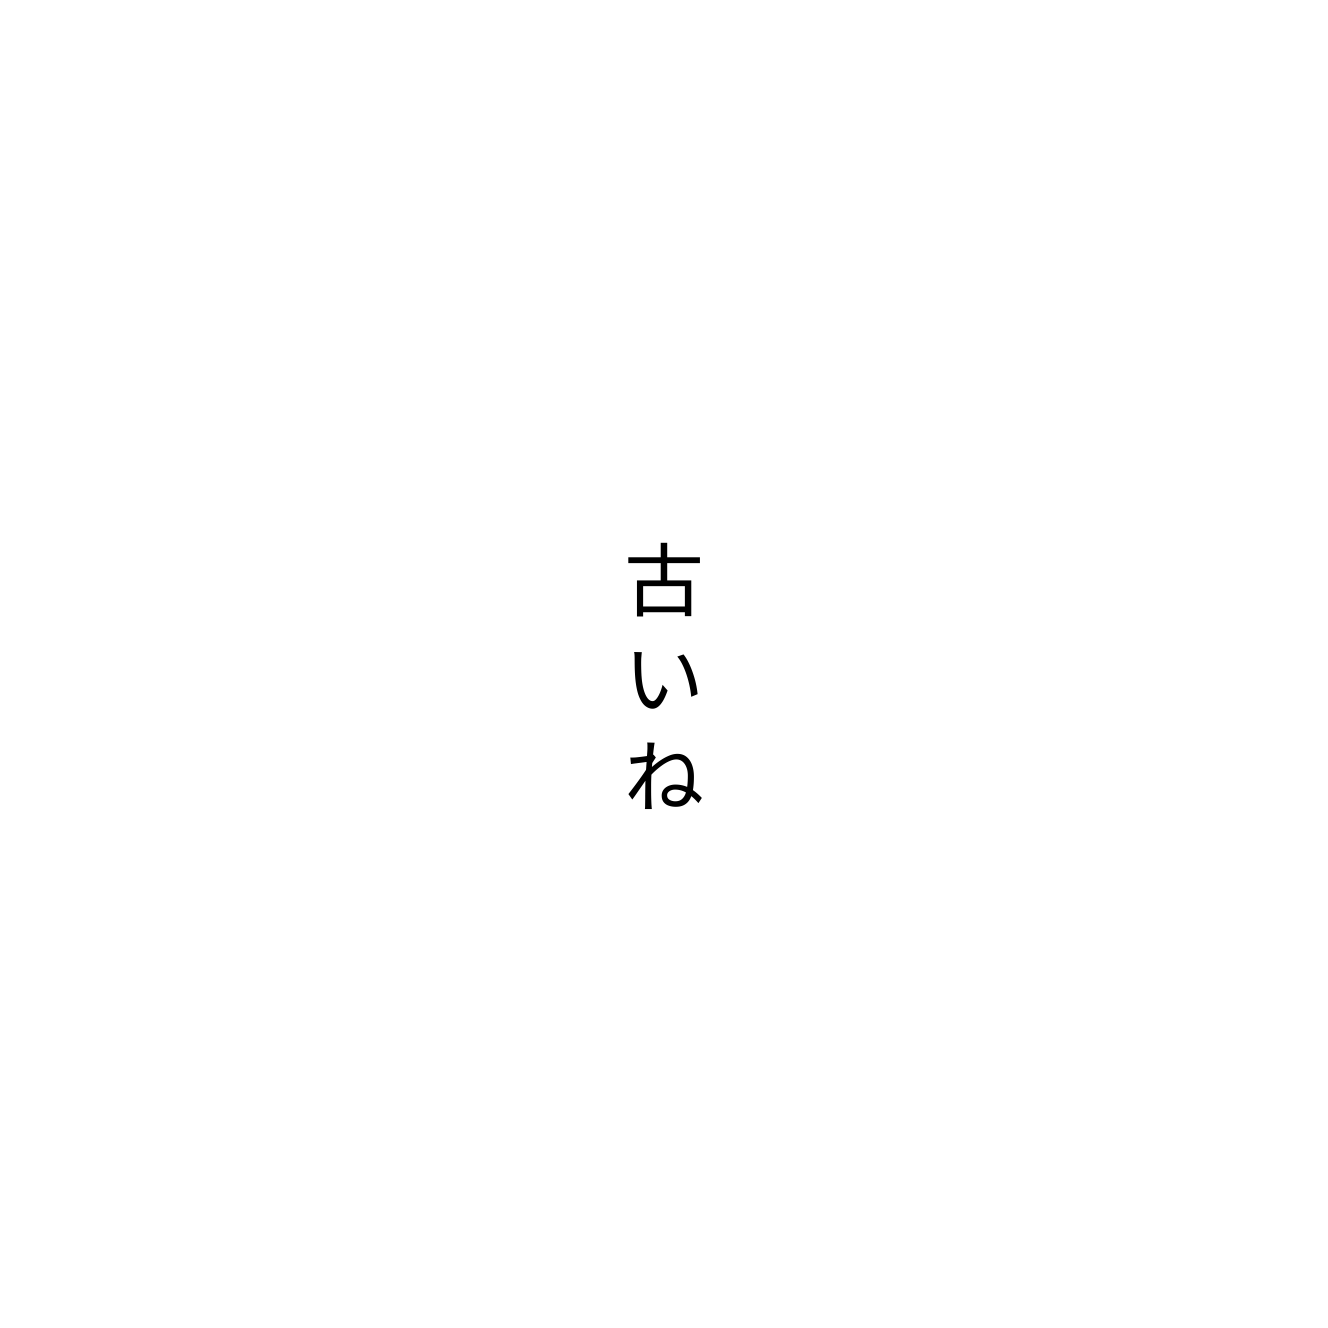
古いね